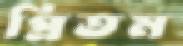
প্রিতম